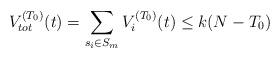
LaTeX: \begin{align*}V_{tot}^{(T_0)}(t)=\sum_{s_i\in S_m} V_i^{(T_0)}(t) \leq k(N-T_0) \end{align*}